Source: Handwritten
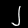
Digit: ၂ (2)